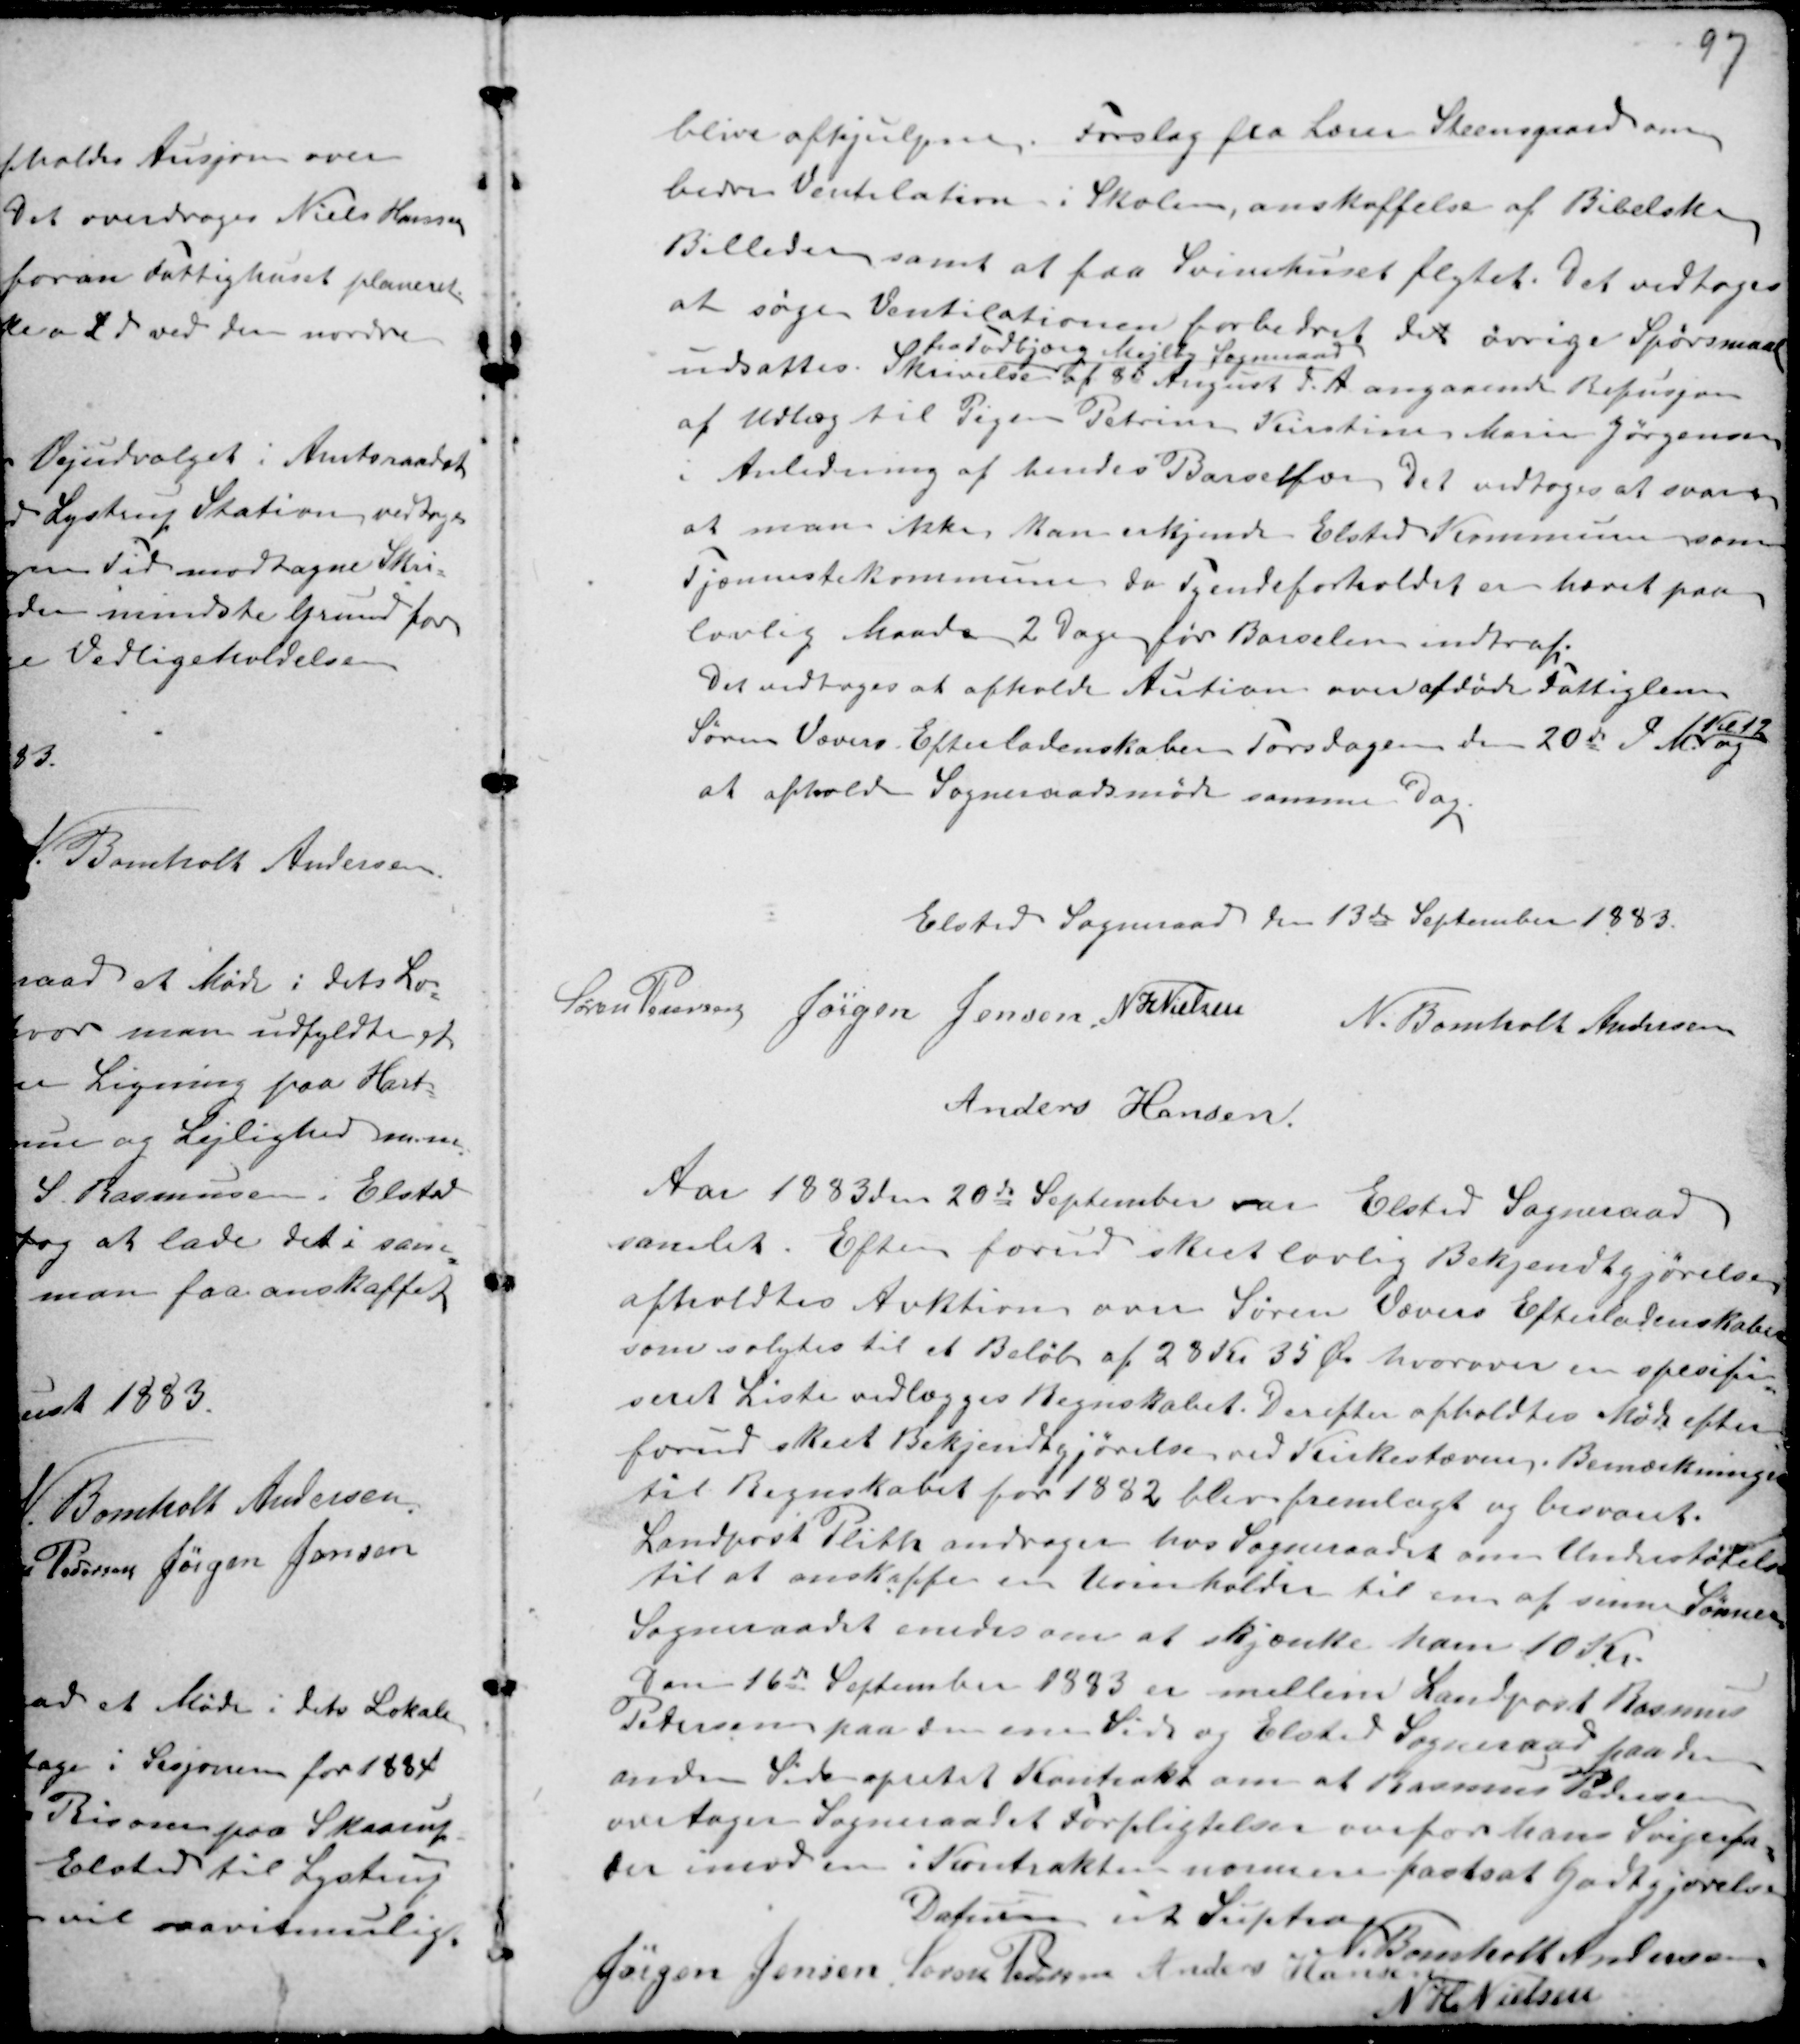
Transskription:
blive afhjulpne. Forslag fra Lærer Steensgaard om
bedre Ventilation i Skolen, anskaffelse af Bibelske
Billeder samt at faa Svinehuset flytet. Det vedtoges
at søge Ventilationen forbedret det øvrige Spørgsmaal
udsattes. Skrivelse
fra Todbjærg Mejlby Sogneraad
af 8d August d. A angaaende Refusjon
af Udlæg til Pigen Petrine Kirstine Marie Jørgensen
i Anledning af hendes Barselfær Det vedtoges ar svare
at man ikke kan erkjende Elsted Kommune som
Tjænnestekommune da Tyendeforholdet er hævet paa
lovlig Maade 2 dage før Barselen indtraf.
Det vedtoges at afholde Aution over afdøde Fattiglem
Søren Vævers Efterladenskaber Torsdagen den 20de d M
Kl. 12
og
at afholde Sogneraadsmøde samme Dag.

Elsted Sogneraad den 13de September 1883.
Søren Pederen Jørgen Jensen N H Nielsen N. Bomholt Andersen
Anders Hansen

Aar 1883 den 20de September var Elsted Sogneraad
samlet. Efter forud sket lovlig Bekjendtgjørelse,
afholdtes Auktion over Søren Vævers Efterladenskaber
som solgtes til et Beløb af 23 Kr 35 Ør hvorover spesifi-
seret Liste vedlægges Regnskabet. Derefter afholdtes Møde efter
forud sket Bekjendtgjørelse ved Kirkestævne. Bemærkninger
til Regnskabet for 1882 blev ftemlagt og besvaret.
Landpost Plith andrager hos Sogneraadet om Understøtelse
til at anskaffe en Urinholder til en af sinne Sønner
Sogneraadet enedes om at skjænke ham 10 Kr.
Den 16de September 1883 er mellem Landpost Rasmus
Pedersen paa den ene Side og Elsted Sogneraad paa den
anden Side opretet Kontrakt om at Rasmus Pedersen
overtager Sogneraadet Forpligtelsen overfor hans Svigerfar,
der imod en i Kontrakten nærmere fastsat Godtgjørelse.
Datuen ut Lystrup
N. Bomholt Andersen
Jørgen Jensen Søren Pedersen Anders Hansen
N H Nielsen